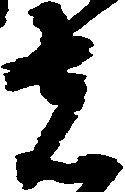
者